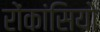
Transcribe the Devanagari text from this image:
रोंकांसियो